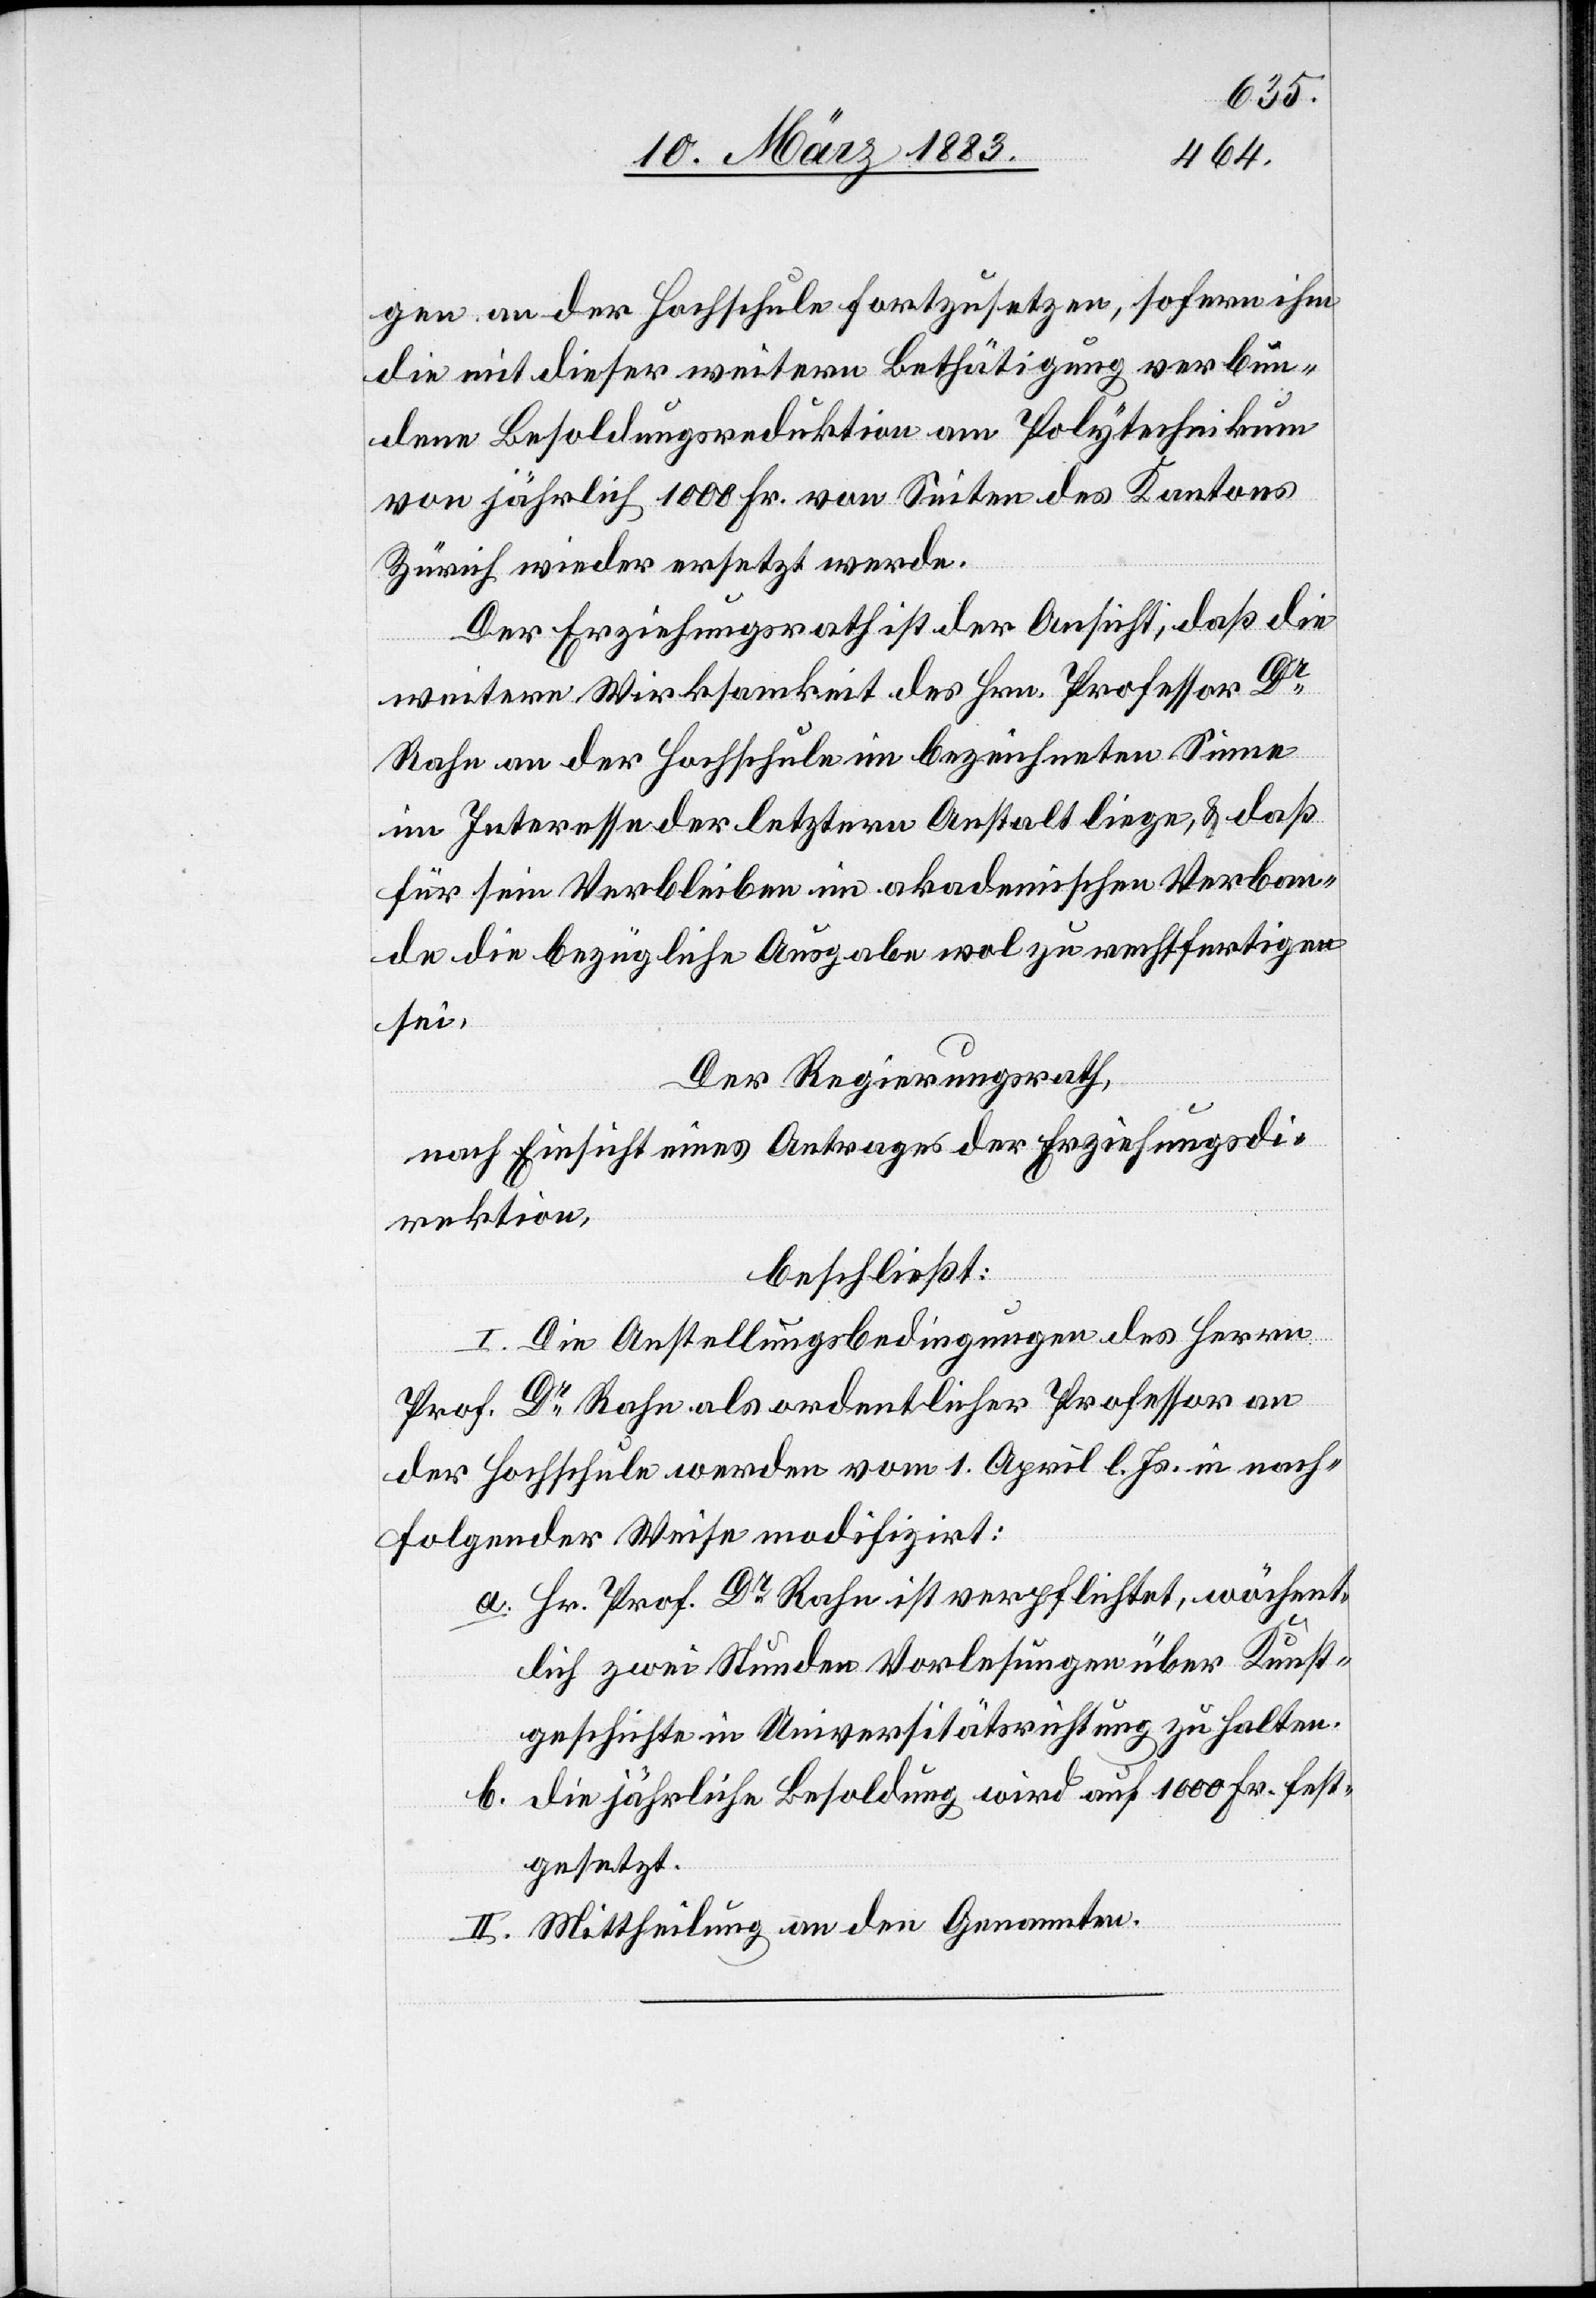
der
einem
sein
Der Regierungsrath,
nach Einsicht eines Antrages der Direktion des
Direktion
beschließt:
gesetzes].
2. Mittheilung an den Petenten,